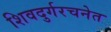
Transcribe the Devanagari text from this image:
शिवदुर्गरचनेत